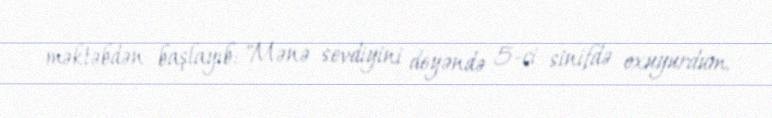
məktəbdən başlayıb: "Mənə sevdiyini deyəndə 5-ci sinifdə oxuyurdum.